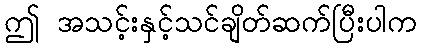
ဤ အသင့်းနှင့်သင်ချိတ်ဆက်ပြီးပါက